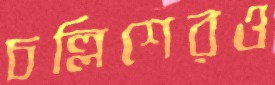
চল্লিশেরও